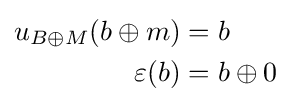
{\begin{aligned}u_{B\oplus M}(b\oplus m)&=b\\\varepsilon (b)&=b\oplus 0\end{aligned}}